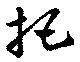
把